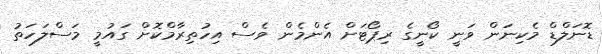
ޑޮނަލްޑް މެކިނަން ވަނީ ކޯނީގެ ރިޕޯޓަށް އެންމެން ވެސް އިހުތިރާމްކޮށް ގައުމީ މަސްލަހަތު